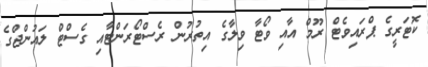
ކޮޓަރީގެ ޕްރައިވެޓް ރޫމް އާއި ވޯޓާ ވިލާގެ އިތުރުން ރެސްޓޯރަންޓާއި ގެސްޓް ލައުންޖްގެ